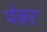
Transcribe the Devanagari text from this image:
पेढर